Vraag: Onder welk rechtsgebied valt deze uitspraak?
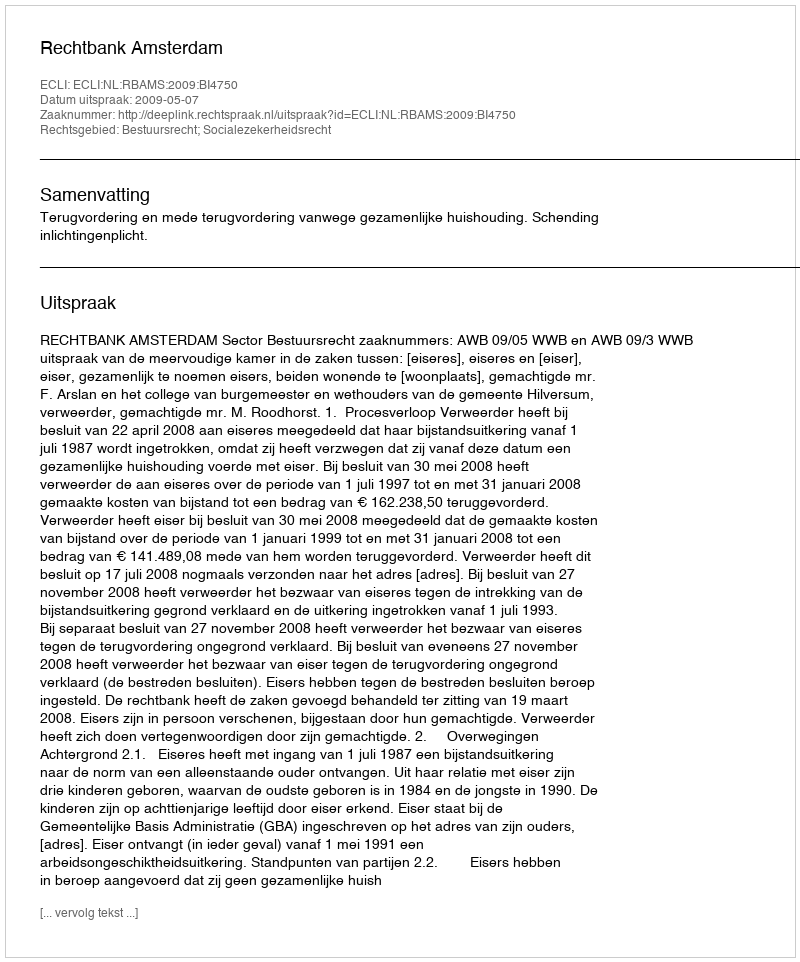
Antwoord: Bestuursrecht; Socialezekerheidsrecht